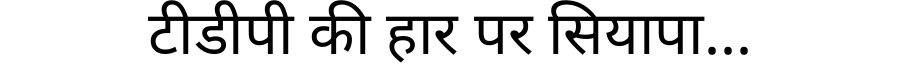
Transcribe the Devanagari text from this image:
टीडीपी की हार पर सियापा...